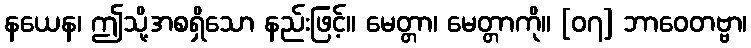
နယေန၊ ဤသို့အစရှိသော နည်းဖြင့်။ မေတ္တာ၊ မေတ္တာကို။ [၀၇] ဘာဝေတဗ္ဗာ၊